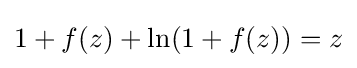
1+f(z)+\ln(1+f(z))=z